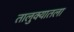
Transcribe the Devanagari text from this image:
तालुक्यातला